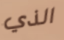
الذي